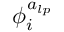
\phi _ { i } ^ { a _ { l p } }